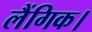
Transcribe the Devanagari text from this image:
लैंगिक।